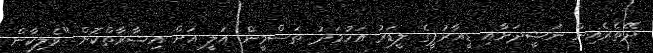
ދޭތެރެއިން ނަޝީދަށާއި ޑީއާރުޕީގެ ލީޑަރު އަހުމަދު ތަސްމީން އަލީ އަށް އިޝާރާތްކޮށް "ވެލިކާން